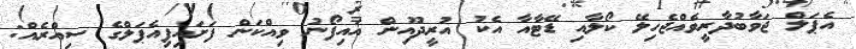
އެޕަލް ޖަވާބުދާރީވެއްޖެހިލޭ ކޯލާއި ޑޭޓާއާ އެކު އުރީދޫއިން އައިފޯނު ވިއްކަން ފަށައިފިއެޕަލްގެ ސިއްރެއް: